Report on malaria in the Punjab during the year ...  together with an account of the work of the Punjab Malaria Bureau - Volume 6
Disease focus: Malaria
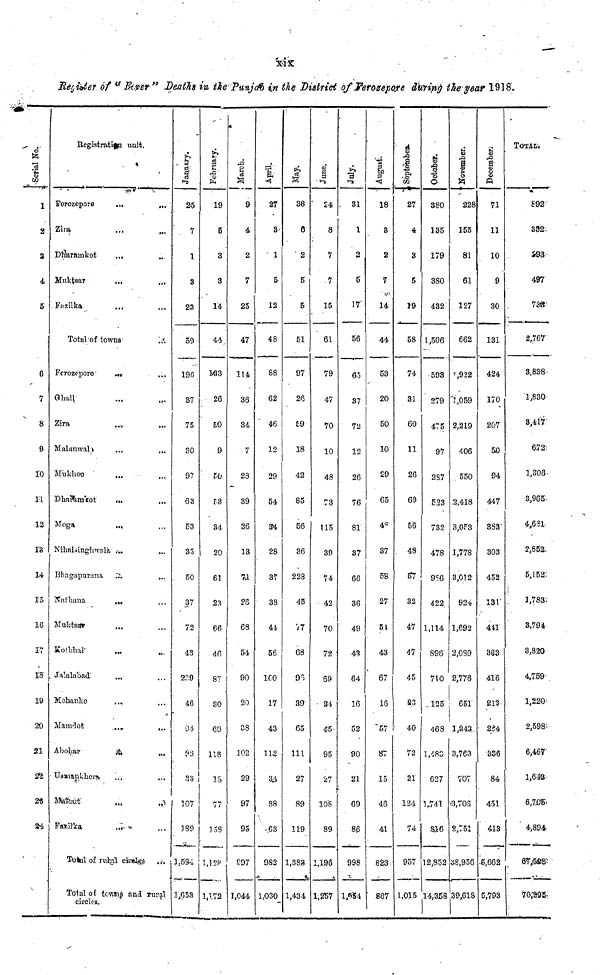
xix
Register of " Fever " Deaths in the Punjab in the District of Ferozepore duing the year 1918-
1
2
3
4
5
-
6
7
8
9
10
11
12
13
14
15
16
17
18
19
20
21
22
23
24
Registration unit.
Ferozepore
...
...
Zira ... ...
Dharamkot
... ...
Muktsar
... ...
Fazilka ... ...
Total of towns ...
Fcrozppore
... ...
Ghall ... ...
Zira ... ...
Malanwal
...
...
Mukhoo
... ...
Dharamkot
...
...
Moga
.... ....
Nihalsinghwala ... ...
Bhagapurana
...
...
Nathana ... ....
Muktsar .... ...
Kotbhai .... ...
Jalalabad. ... ...
Mohanke ... ...
Mamdot ... ...
Abollar
...
...
Usmankhera ... ...
Mapaut ... ...
Pakikka ... ...
Total of rural circles ...
Total of towns and rural
circles.
January
25
7
1
3
23
50
196
37
75
30
97
63
S3
35
50
37
72
43
239
46
94
98
33
107
189
],594
1,653
February.
19
5
3
3
14
44
133
26
50
9
50
53
34
20
61
23
66
46
87
30
60
118
18
77
158
1,128
1,172
March.
9
4
2
7
25
47
114
36
34
7
28
39
36
13
71
26
68
54
90
20
38
102
29
97
95
997
1,044
April.
27
3
1
5
12
48
88
62
46
12
29
54
94
28
37
38
44
56
100
17
43
112
34
88
63
982
1,030
May
38
6
2
5
5
51
97
26
59
18
42
85
56
36
228
45
77
68
96
39
65
111
27
89
119
1,383
1,434
June.
24
8
7
7
15
61
79
47
70
10
48
53
115
39
74
42
70
72
69
24
45
95
27
108
89
1,196
1,257
July.
31
1
2
5
17
56
65
37
72
12
26
76
81
37
66
36
49
43
64
16
52
90
21
69
86
998
1,954
August.
18
3
2
7
14
44
53
20
50
10
29
65
48
37
58
27
54
43
67
16
57
87
15
46
41
823
867
September.
27
4
3
5
19
58
74
31
60
11
26
69
56
48
57
32
47
47
45
23
40
72
21
124
74
957
1,015
October.
380
135
179
380
432
1,506
593
279
475
97
287
523
732
478
986
422
1,114
896
710
125
468
1,483
627
1,741
816
12,852
14,358
November.
228
155
81
61
127
662
1,922
1,059
2,219
406
550
2,418
3,053
1,778
3,012
924
1,692
2,039
2,776
651
1,343
3,763
707
3,708
2,751
38,956
39,618
December.
71
11
10
9
30
131
424
170
207
50
94
447
383
303
452
131
441
363
416
213
284
336
84
451
413
5,662
5,793
TOTAL.
892
352
293
497
733
2,767
3,838
1,830
3,417
672
1,306
3,965
4,681
2,852
5,152
1,783
3,794
3,820
4,759
1,220
2,598
6,467
1,643
6,705
4,894-
87,528
7.0,295